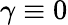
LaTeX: \gamma\equiv 0